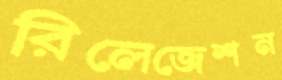
রিলেজেশন